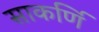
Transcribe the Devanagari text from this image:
साकर्णि